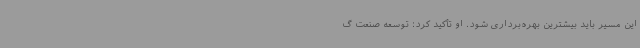
این مسیر باید بیشترین بهره‌برداری شود. او تأکید کرد: توسعه صنعت گ